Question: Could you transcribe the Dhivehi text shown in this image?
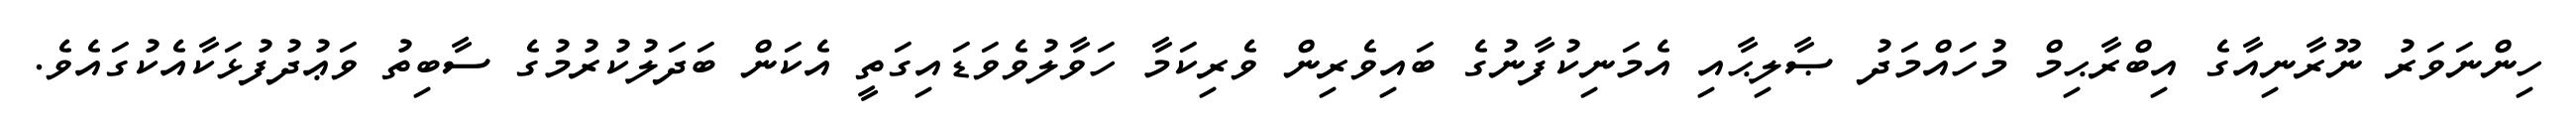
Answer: ހިންނަވަރު ނޫރާނިއާގެ އިބްރާޙިމް މުހައްމަދު ޞާލިޙާއި އެމަނިކުފާނުގެ ބައިވެރިން ވެރިކަމާ ހަވާލުވެވަޑައިގަތީ އެކަން ބަދަލުކުރުމުގެ ސާބިތު ވަޢުދުފުޅަކާއެކުގައެވެ.